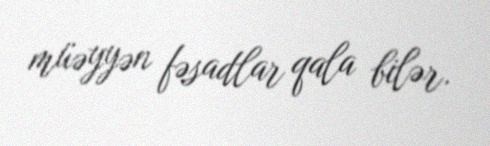
müəyyən fəsadlar qala bilər.